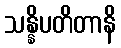
သန္နိပတိတာနိ